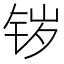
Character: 𰽷